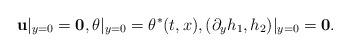
LaTeX: \begin{align*}\mathbf{u}|_{y=0}=\mathbf{0},\theta|_{y=0}=\theta^\ast(t,x),(\partial_yh_1,h_2)|_{y=0}=\mathbf{0}.\end{align*}